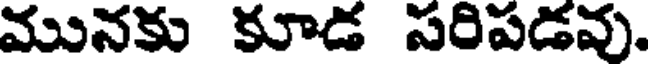
మునకు కూడ పరిపడవు.